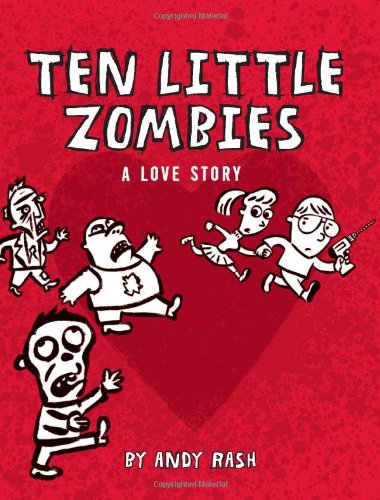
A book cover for Ten Little Zombies: A Love Story; Andy Rash; Comics & Graphic Novels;